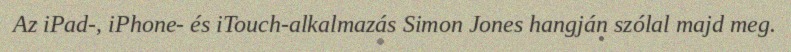
Az iPad-, iPhone- és iTouch-alkalmazás Simon Jones hangján szólal majd meg.